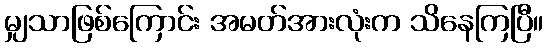
မျှသာဖြစ်ကြောင်း အမတ်အားလုံးက သိနေကြပြီ။